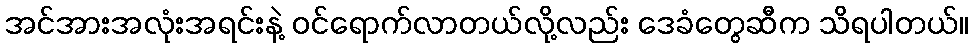
အင်အားအလုံးအရင်းနဲ့ ဝင်ရောက်လာတယ်လို့လည်း ဒေခံတွေဆီက သိရပါတယ်။